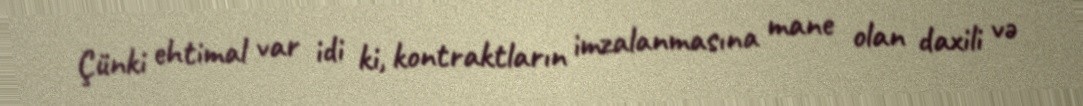
Çünki ehtimal var idi ki, kontraktların imzalanmasına mane olan daxili və